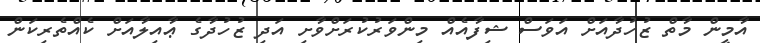
އާމީން މާތް ޒުހުދާއަށް އަވަސް ޝިފާއެއް މިންވަރުކުރަށްވާށި އަދި ޒުހުދާގެ ޢާއިލާއަށް ކެއްތެރިކަން